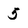
Character: 5